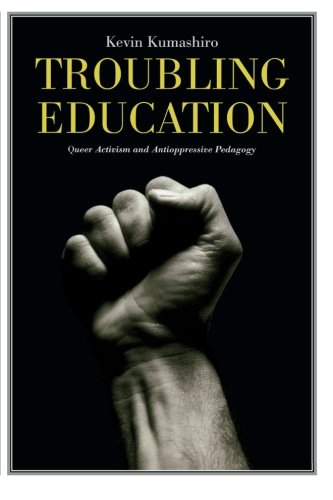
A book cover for Troubling Education: Queer Activism and Anti-Oppressive Pedagogy; Kevin Kumashiro; Gay & Lesbian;